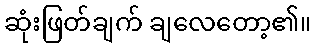
ဆုံးဖြတ်ချက် ချလေတော့၏။